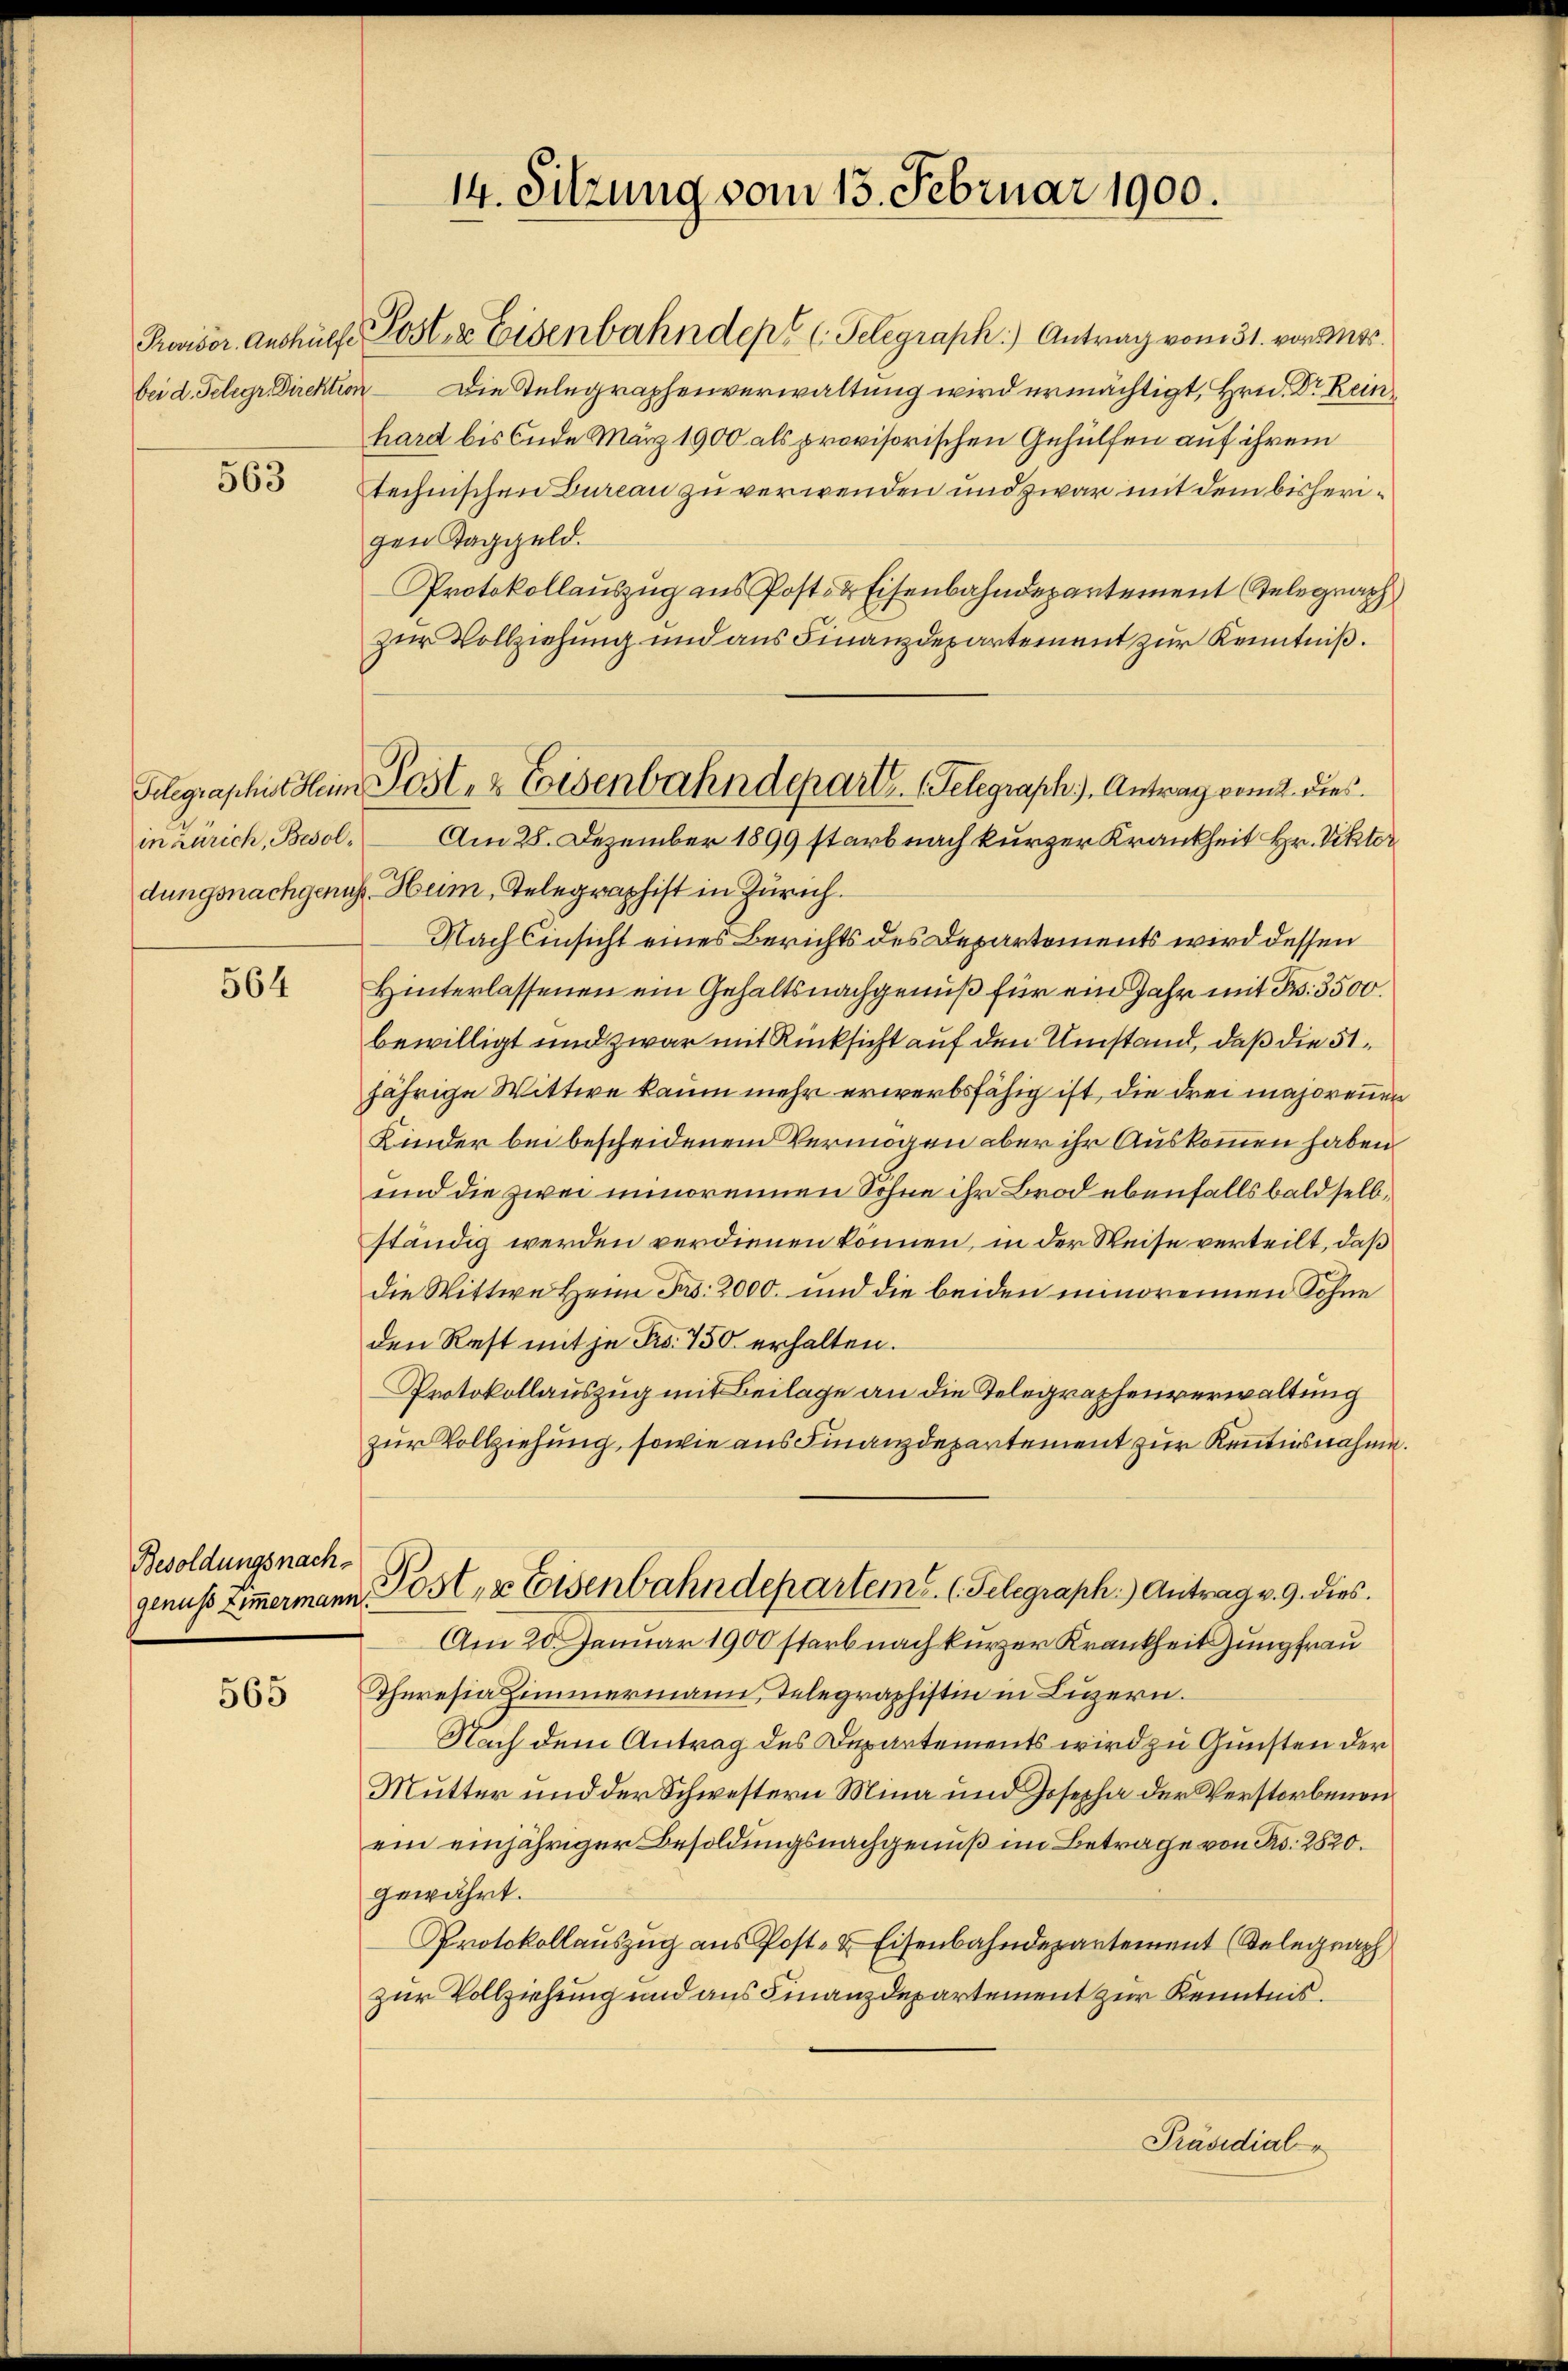
563

in Zürich, Besol¬

564

Besoldungsnachgenuss Zimmermann.

565

Provisor Aushülfe Poster Eisenbahndept (Telegraph.) Antrag vom 31. von Mts.
bei d. Telegr. Direktion Die Stelegraphenverwaltung wird ermächtigt, Hrn. Dr Kein
hard bis Ende März 1900 als provisorischen Gehülfen auf ihrem
technischen Bureau zu verwenden und zwar mit dem bisherigen Taggeld.
Protokollauszug aus Post- & Eisenbahndepartement Telegraph
zur Vollziehung und aus Finanzdepartement zur Kenntniß.
Am 28. Dezember 1899 starb nach kurzer Krankheit Hr. Viktor
dungsnachgenug Heim, Telegraphist in Zürich.
Nach Einsicht eines Berichts des Departements wird dessen
Hinterlassenen ein Gehaltsnachgenuß für ein Jahr mit Fr. 3500.
bewilligt und zwar mit Rücksicht auf den Umstand, daß die 51
jährige Wittwe kaum mehr erwerbsfähig ist, die drei majorennen
Kinder bei bescheidenem Vermögen aber ihr Auskommen haben
und die zwei minoreinen Sohne ihr Brod ebenfalls bald selb
ständig werden verdienen können, in der Weise verteilt, daß
die Wittwe Heim Fr. 2000. und die beiden minorennen Sohne
den Rest mit je Fr. 750 erhalten.
Protokollauszug mit Beilage an die Telegraphenverwaltung
zur Vollziehung, sowie aus Finanzdepartement zur Kenntnisnahme.
Post- & Eisenbahndepartems. (Telegraph.) Antrag v. 9. dies
Am 20. Januar 1900 starb nach kurzer Krankheit Jungfrau
Theresia Zimmermann, Telegraphistin in Luzern.
Nach dem Antrag des Departements wird zu Gunsten der
Mutter und der Schwestern Mina und Josepha der Verstorbenen
ein einjähriger Besoldungsnachgenuß im Betrage von Ro. 2820.
gewährt.
Protokollauszug aus Post- & Eisenbahndepartement (Relegraph
zur Vollziehung und aus Finanzdepartement zur Kenntnis.
Präsidial

14. Sitzung vom 13. Februar 1900.

Telegraphist dem Post- & Eisenbahndepart. Telegraph). Antrag vom 2. dies